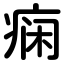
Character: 痫